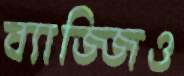
ব্যাজ্জিও